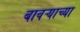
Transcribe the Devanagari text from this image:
बावऱ्याच्या